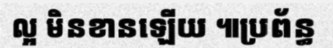
ល្អ មិនខានឡើយ ៕ប្រព័ន្ធ